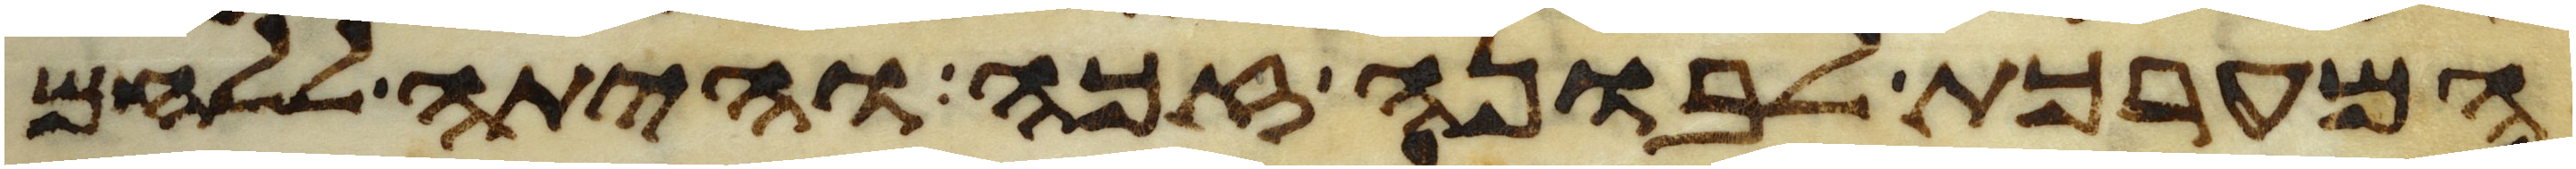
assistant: המערכת לבונה זכה והיתה ללחם